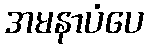
အမနာပံပေ